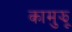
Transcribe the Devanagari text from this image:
कामुझू